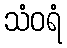
သံဝရံ